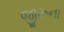
જીરૂના